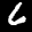
Label: 6